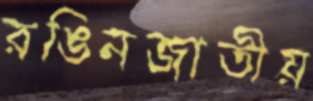
রঙিনজাতীয়